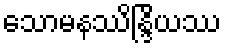
သောမနဿိန္ဒြိယဿ